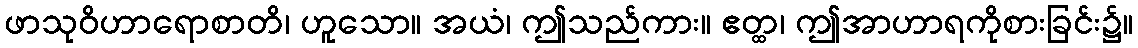
ဖာသုဝိဟာရောစာတိ၊ ဟူသော။ အယံ၊ ဤသည်ကား။ ဧတ္ထ၊ ဤအာဟာရကိုစားခြင်း၌။